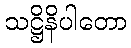
သဋ္ဌိနိပါတော